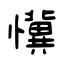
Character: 懻